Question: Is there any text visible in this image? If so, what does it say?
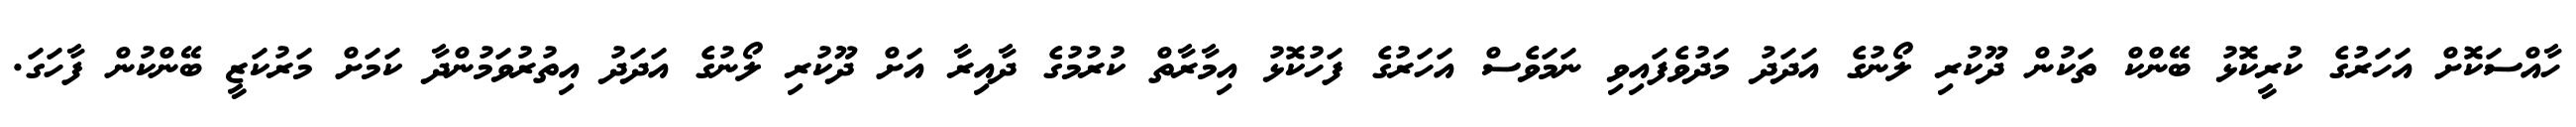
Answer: ހާއްސަކޮށް އަހަރުގެ ކުރީކޮޅު ބޭންކް ތަކުން ދޫކުރި ލޯނުގެ އަދަދު މަދުވެފައިވި ނަމަވެސް އަހަރުގެ ފަހުކޮޅު އިމާރާތް ކުރުމުގެ ދާއިރާ އަށް ދޫކުރި ލޯނުގެ އަދަދު އިތުރުވަމުންދާ ކަމަށް މަރުކަޒީ ބޭންކުން ފާހަގަ.